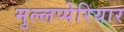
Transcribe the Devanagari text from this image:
मुल्लप्पेरियार